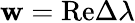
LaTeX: \mathbf{w}=\mathrm{{Re}}\Delta\lambda